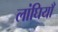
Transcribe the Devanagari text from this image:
लांघियाँ